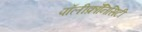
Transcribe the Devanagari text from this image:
पॉलीक्रॉनिसिटी